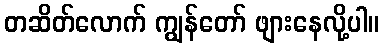
တဆိတ်လောက် ကျွန်တော် ဖျားနေလို့ပါ။